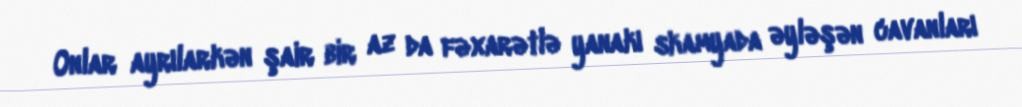
Onlar ayrılarkən şair bir az da fəxarətlə yanakı skamyada əyləşən cavanları